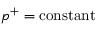
p ^ { + } = \mathrm { c o n s t a n t }